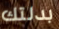
بدلتك